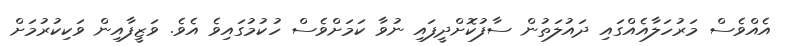
އެއްވެސް މަރުހަލާއެއްގައި ދައުލަތުން ސާފުކޮށްދީފައި ނުވާ ކަމަށްވެސް ހުކުމުގައިވެ އެވެ. ވަޒީފާއިން ވަކިކުރުމަށް